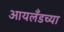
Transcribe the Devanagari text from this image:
आयलँडच्या